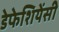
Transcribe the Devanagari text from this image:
डेफेशियेंसी